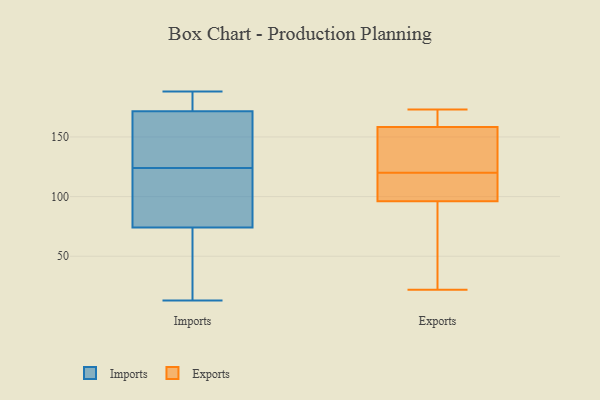
{"axis": {"x": "Shipments", "y": "Value"}, "legend": ["Exports", "Imports"], "data": [{"x": "", "y": 83, "type": "Imports"}, {"x": "", "y": 124, "type": "Imports"}, {"x": "", "y": 136, "type": "Imports"}, {"x": "", "y": 188, "type": "Imports"}, {"x": "", "y": 167, "type": "Imports"}, {"x": "", "y": 13, "type": "Imports"}, {"x": "", "y": 173, "type": "Imports"}, {"x": "", "y": 100, "type": "Imports"}, {"x": "", "y": 179, "type": "Imports"}, {"x": "", "y": 71, "type": "Imports"}, {"x": "", "y": 65, "type": "Imports"}, {"x": "", "y": 116, "type": "Exports"}, {"x": "", "y": 120, "type": "Exports"}, {"x": "", "y": 142, "type": "Exports"}, {"x": "", "y": 93, "type": "Exports"}, {"x": "", "y": 22, "type": "Exports"}, {"x": "", "y": 158, "type": "Exports"}, {"x": "", "y": 149, "type": "Exports"}, {"x": "", "y": 97, "type": "Exports"}, {"x": "", "y": 111, "type": "Exports"}, {"x": "", "y": 55, "type": "Exports"}, {"x": "", "y": 164, "type": "Exports"}, {"x": "", "y": 159, "type": "Exports"}, {"x": "", "y": 173, "type": "Exports"}]}